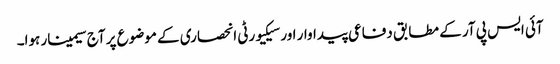
آئی ایس پی آر کے مطابق دفاعی پیداوار اور سیکیورٹی انحصاری کے موضوع پر آج سیمینار ہوا۔